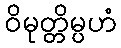
ဝိမုတ္တိမ္ပဟံ